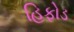
હિફોડ